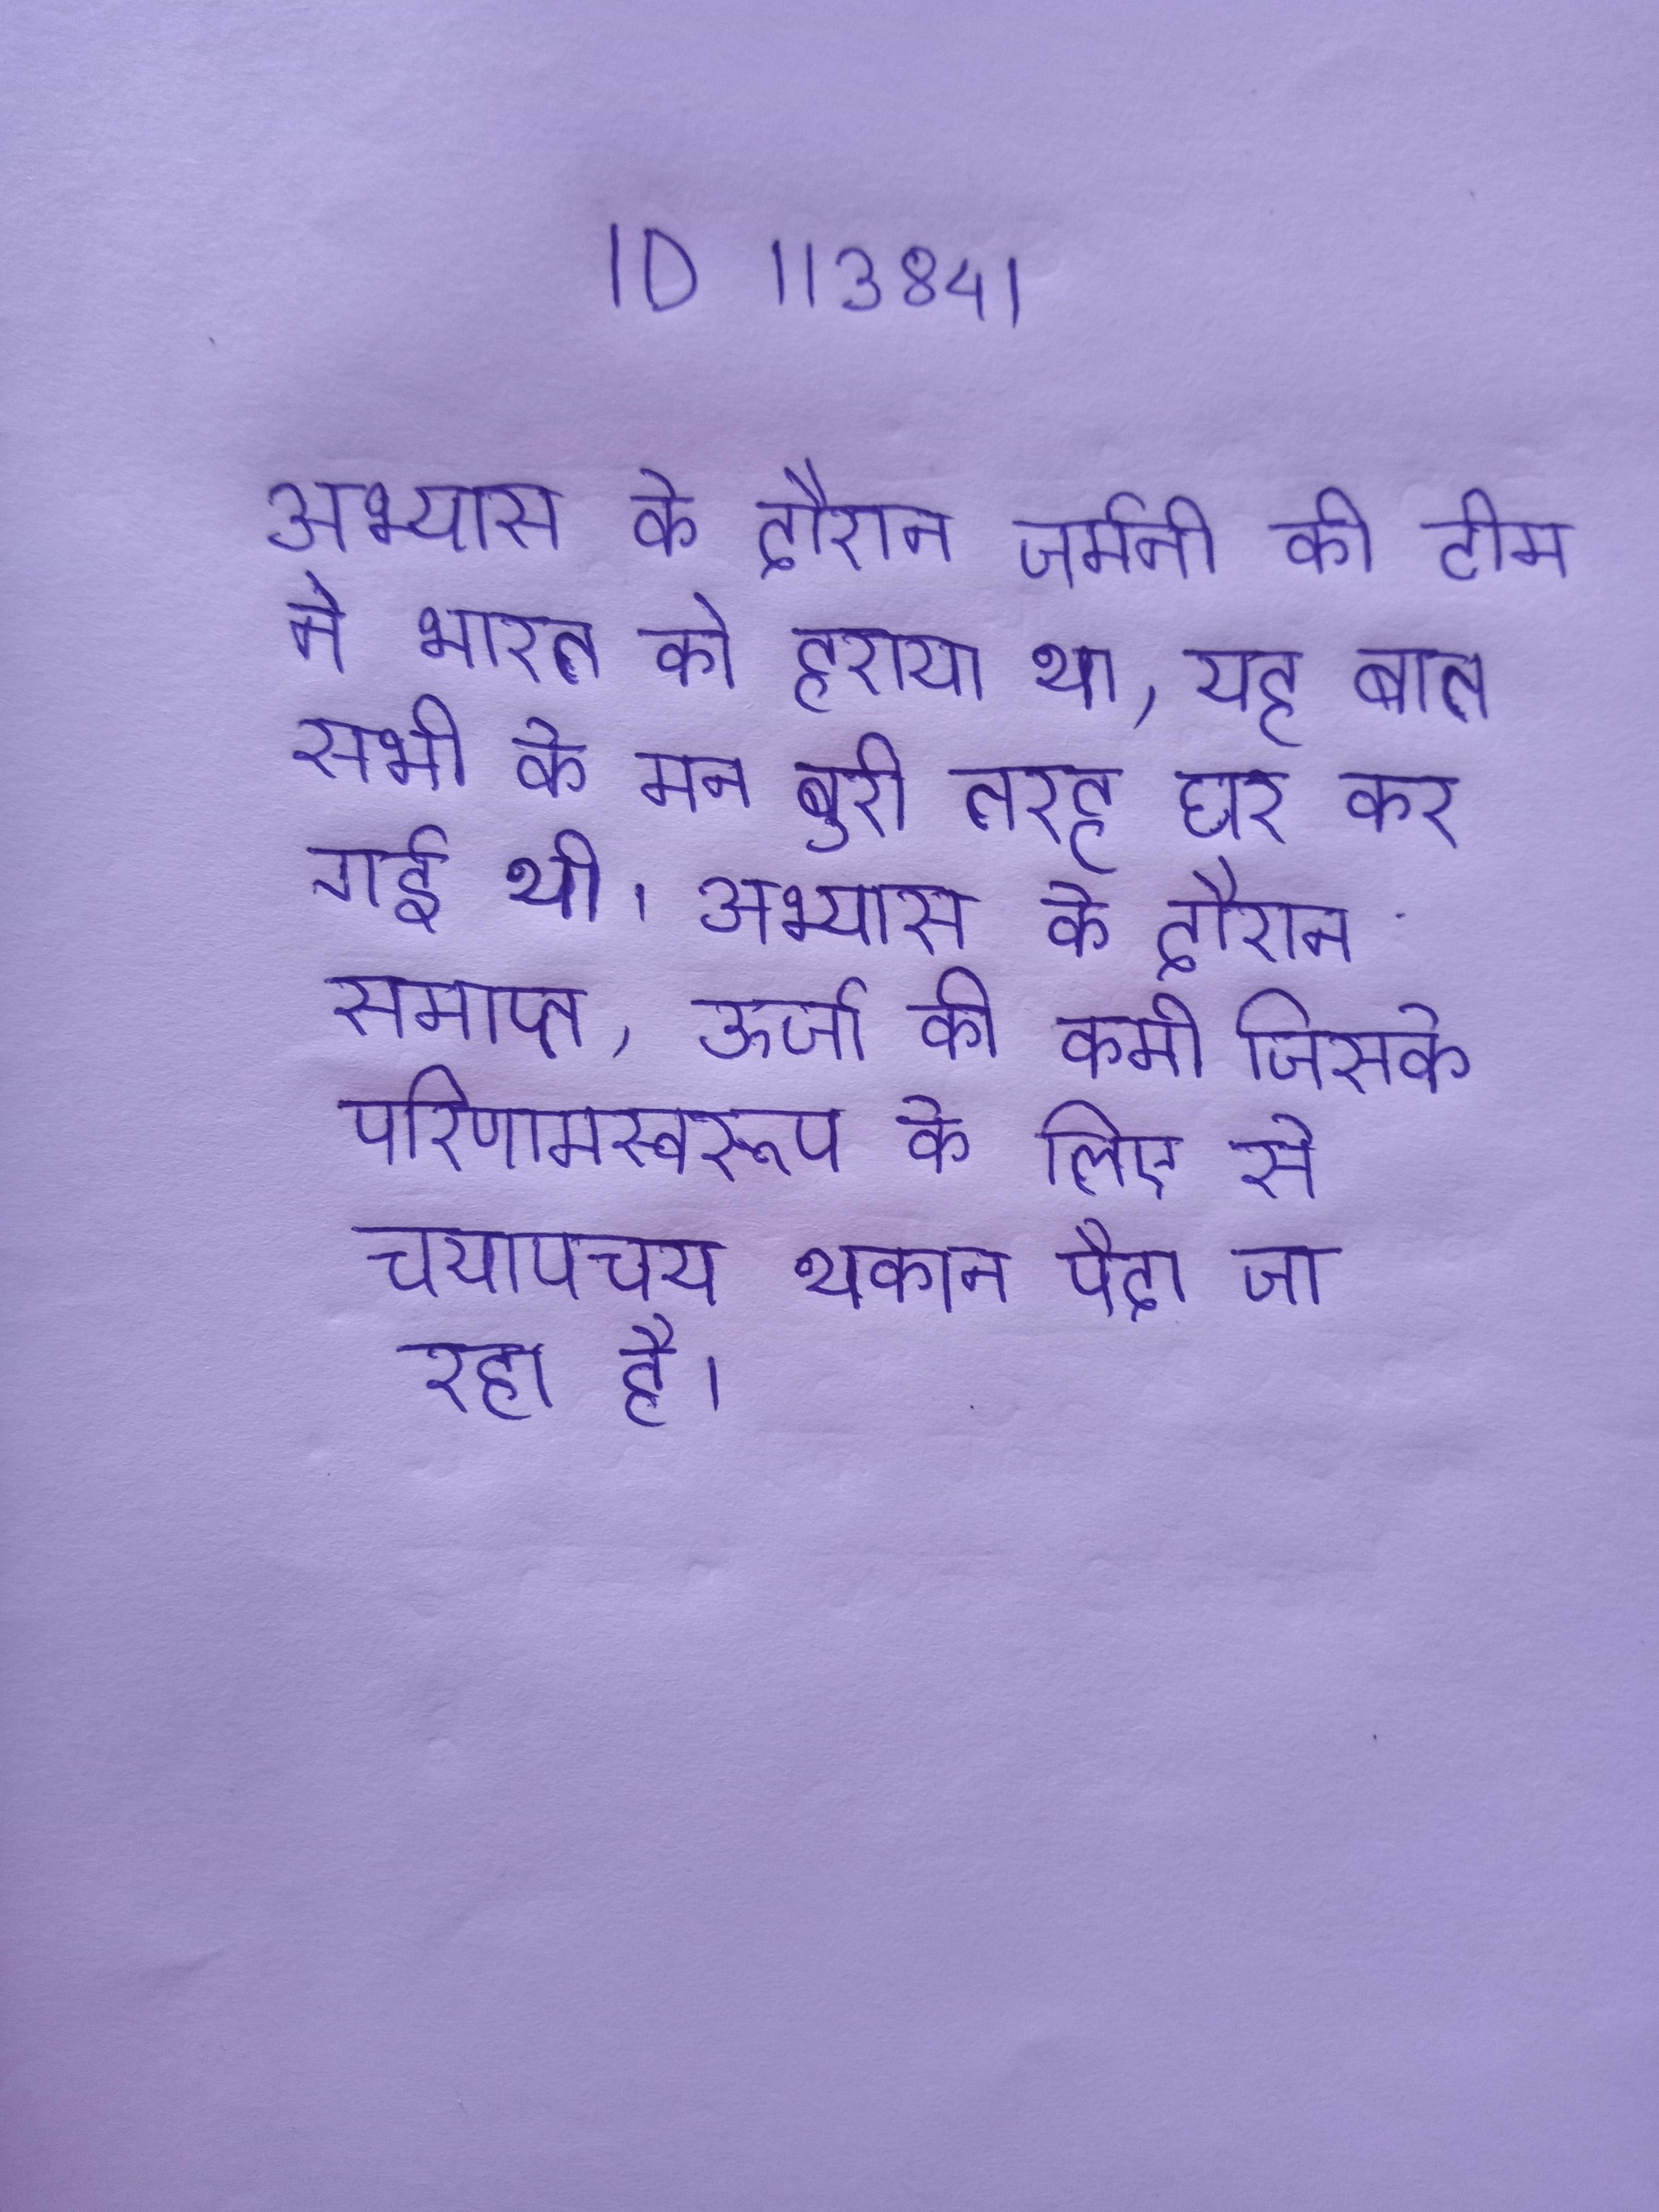
अभ्यास के दौरान जर्मनी की टीम ने भारत को हराया था, यह बात सभी के मन बुरी तरह घर कर गई थी । अभ्यास के दौरान समाप्त, ऊर्जा की कमी जिसके परिणामस्वरूप के लिए से चयापचय थकान पैदा जा रहा है ।